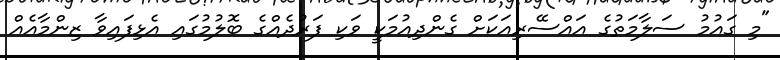
"މި ގައުމު ސަލާމަތުގެ އައްސޭރިއަކަށް ގެންދިއުމަކީ ވަކި ފަރުދެއްގެ ބޮލުމުގައި އެޅިފައިވާ ޒިންމާއެއް